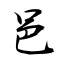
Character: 邑